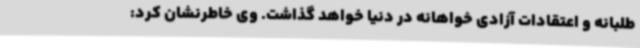
طلبانه و اعتقادات آزادی خواهانه در دنیا خواهد گذاشت. وی خاطرنشان کرد: